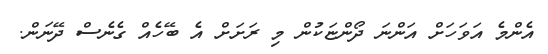
އެންމެ އަވަހަށް އަންނަ ދޯންޏަކުން މި ރަށަށް އެ ބޭހެއް ގެނެސް ދޭނަން.